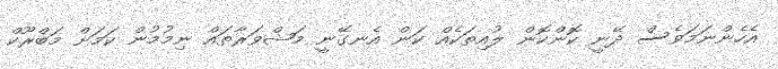
އެހެންނަމަވެސް ދޭނީ ކޮންކޮން ލުއިތަކެއް ކަން އެނގޭނީ މަޝްވަރާތައް ނިމުމުން ކަމަށް މަބްރޫކް